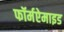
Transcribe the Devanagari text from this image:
फॉर्मऐमाइड